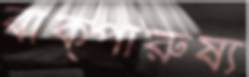
বাক্‌পারুষ্য